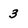
Character: 3